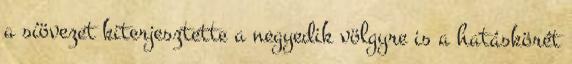
a síövezet kiterjesztette a negyedik völgyre is a hatáskörét